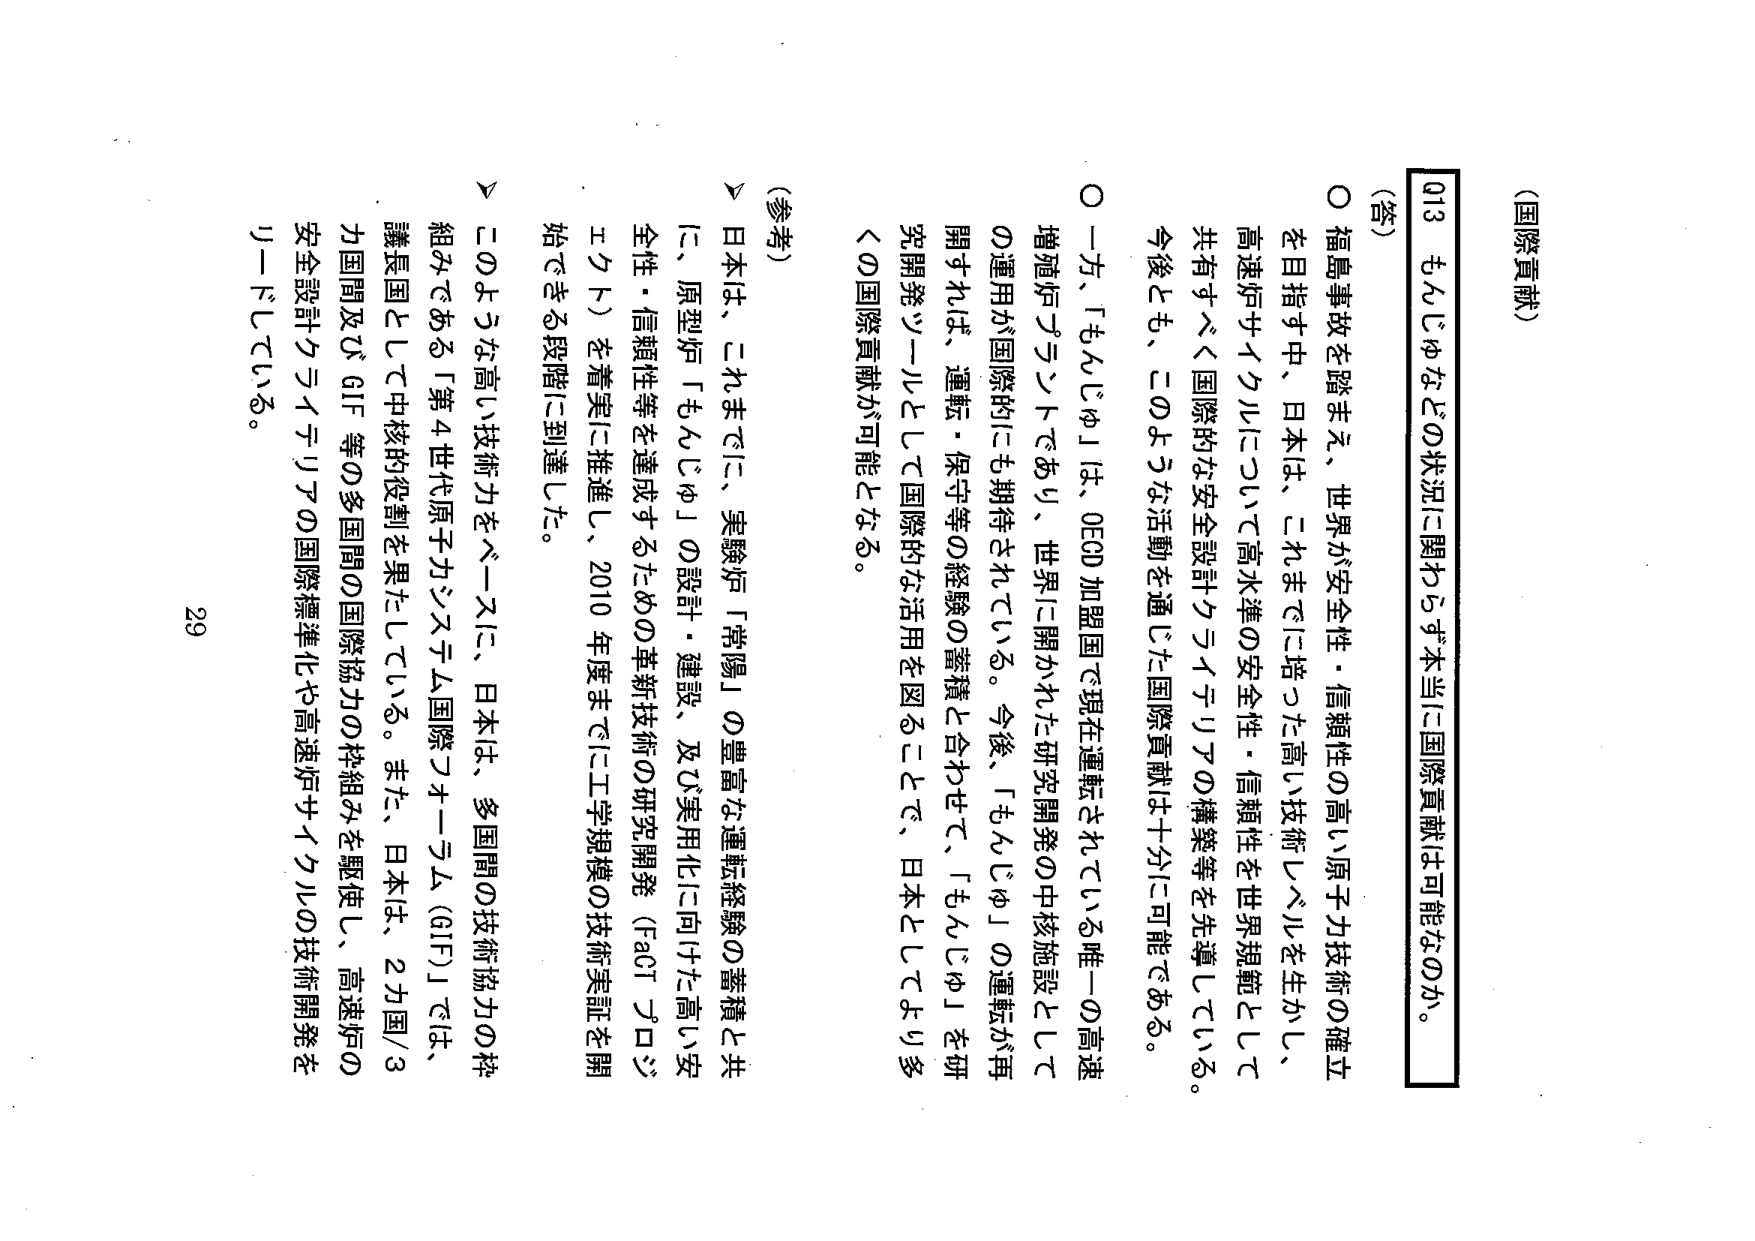
(国際貢献)

Q13 もんじゅなどの状況に関わらず本当に国際貢献は可能なのか。

(答)
○ 福島事故を踏まえ、世界が安全性・信頼性の高い原子力技術の確立を目指す中、日本は、これまでに培った高い技術レベルを生かし、高速炉サイクルについて高水準の安全性・信頼性を世界規範として共有すべく国際的な安全設計クラウドアップの構築等を先導している。今後とも、このような活動を通じた国際貢献は十分に可能である。

○ 一方、「もんじゅ」は、OECD加盟国で現在運転されている唯一の高速増殖炉プラントであり、世界に開かれた研究開発の中核施設としての運用が国際的にも期待されている。今後、「もんじゅ」の運転が再開すれば、運転・保守等の経験の蓄積と合わせて、「もんじゅ」を研究開発ツールとして国際的な活用を図ることで、日本としてより多くの国際貢献が可能となる。

(参考)
▽ 日本は、これまでに、実験炉「常陽」の豊富な運転経験の蓄積と共に、原型炉「もんじゅ」の設計・建設、及び実用化に向けた高い安全性・信頼性等を達成するための革新技術の研究開発（FACIプロジェクト）を着実に推進し、2010年度末までに工学規模の技術実証を開始できる段階に到達した。

▽ このような高い技術力をベースに、日本は、多国間の技術協力の枠組みである「第4世代原子力システム国際フォーラム（GIF）」では、議長国として中核的役割を果たしている。また、日本は、2カ国/3カ国間及びGIF等の多国間の国際協力の枠組みを駆使し、高速炉の安全設計クラウドアップの国際標準化や高速炉サイクルの技術開発をリードしている。

29